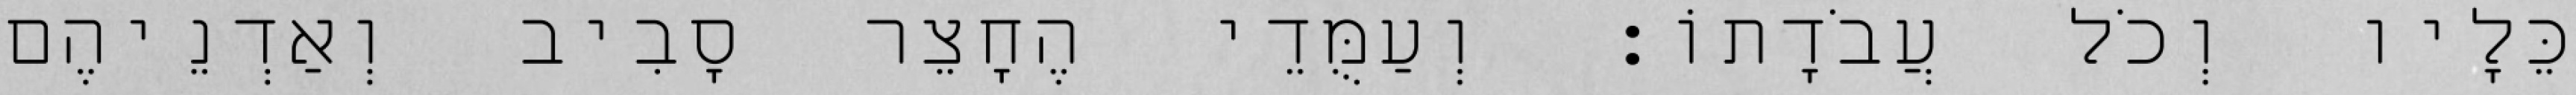
כֵּלָיו וְכֹל עֲבֹדָתוֹ׃ וְעַמֻּדֵי הֶחָצֵר סָבִיב וְאַדְנֵיהֶם